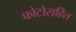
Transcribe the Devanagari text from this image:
फोटोसहित